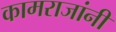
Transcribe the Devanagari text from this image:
कामराजांनी